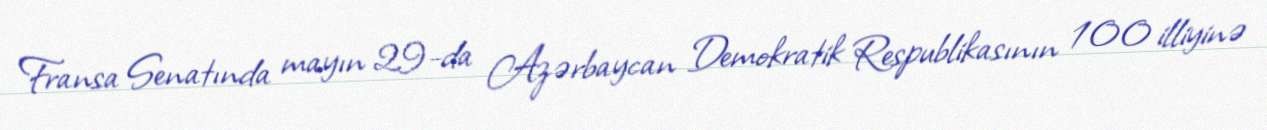
Fransa Senatında mayın 29-da Azərbaycan Demokratik Respublikasının 100 illiyinə